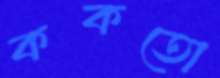
ককতো